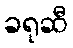
ခရုဆီ